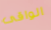
الواقى